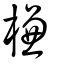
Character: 槏